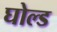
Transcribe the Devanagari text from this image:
घोल्ड